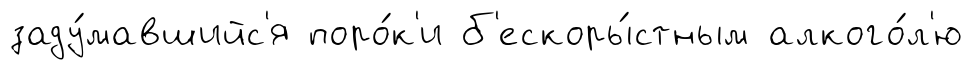
заду́мавшийс'я поро́к'и б'ескоры́стным алкого́л'ю